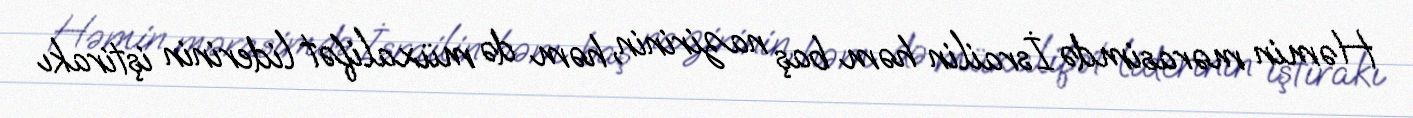
Həmin mərasimdə İsrailin həm baş nazirinin, həm də müxalifət liderinin iştirakı